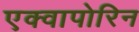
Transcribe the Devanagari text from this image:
एक्वापोरिन